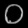
Digit: ၀